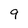
Character: 9